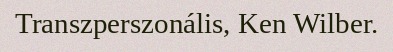
Transzperszonális, Ken Wilber.